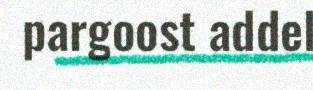
pargoost addel